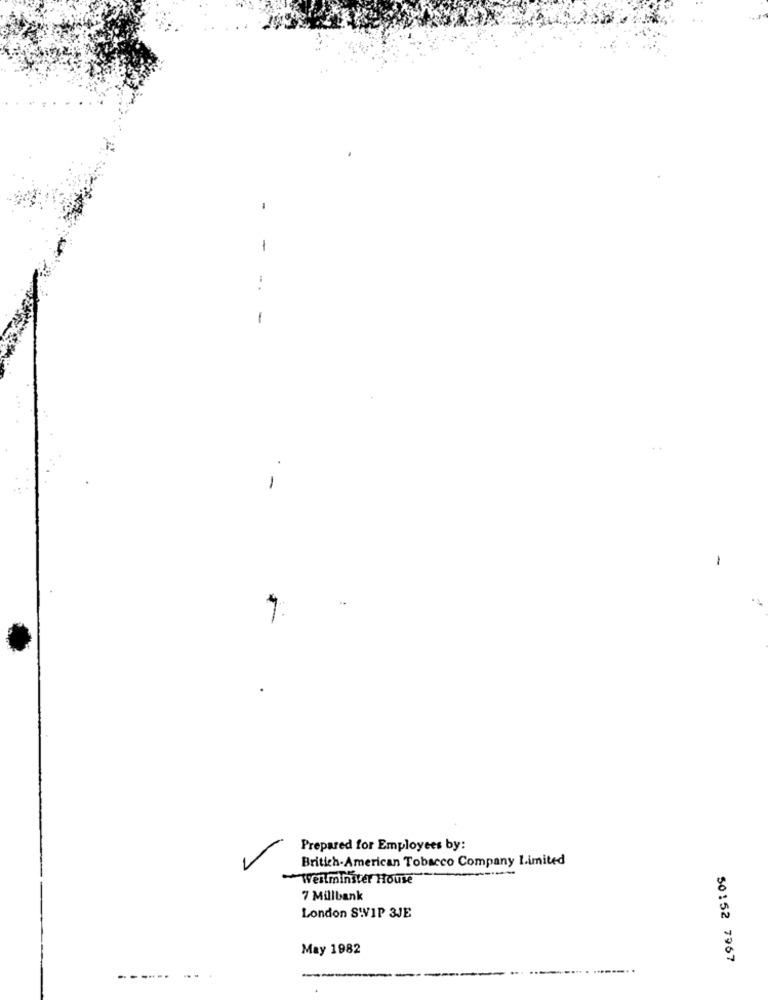
-
-
-
-
Prepared for Employees by:
Britich-American Tobacco Company Limited
-Westminster House
7 Millbank
London SWVIP 3JE
May 1982
50152 7967
-
-----